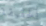
الحقيقة